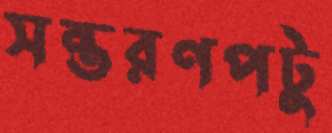
সন্তরণপটু